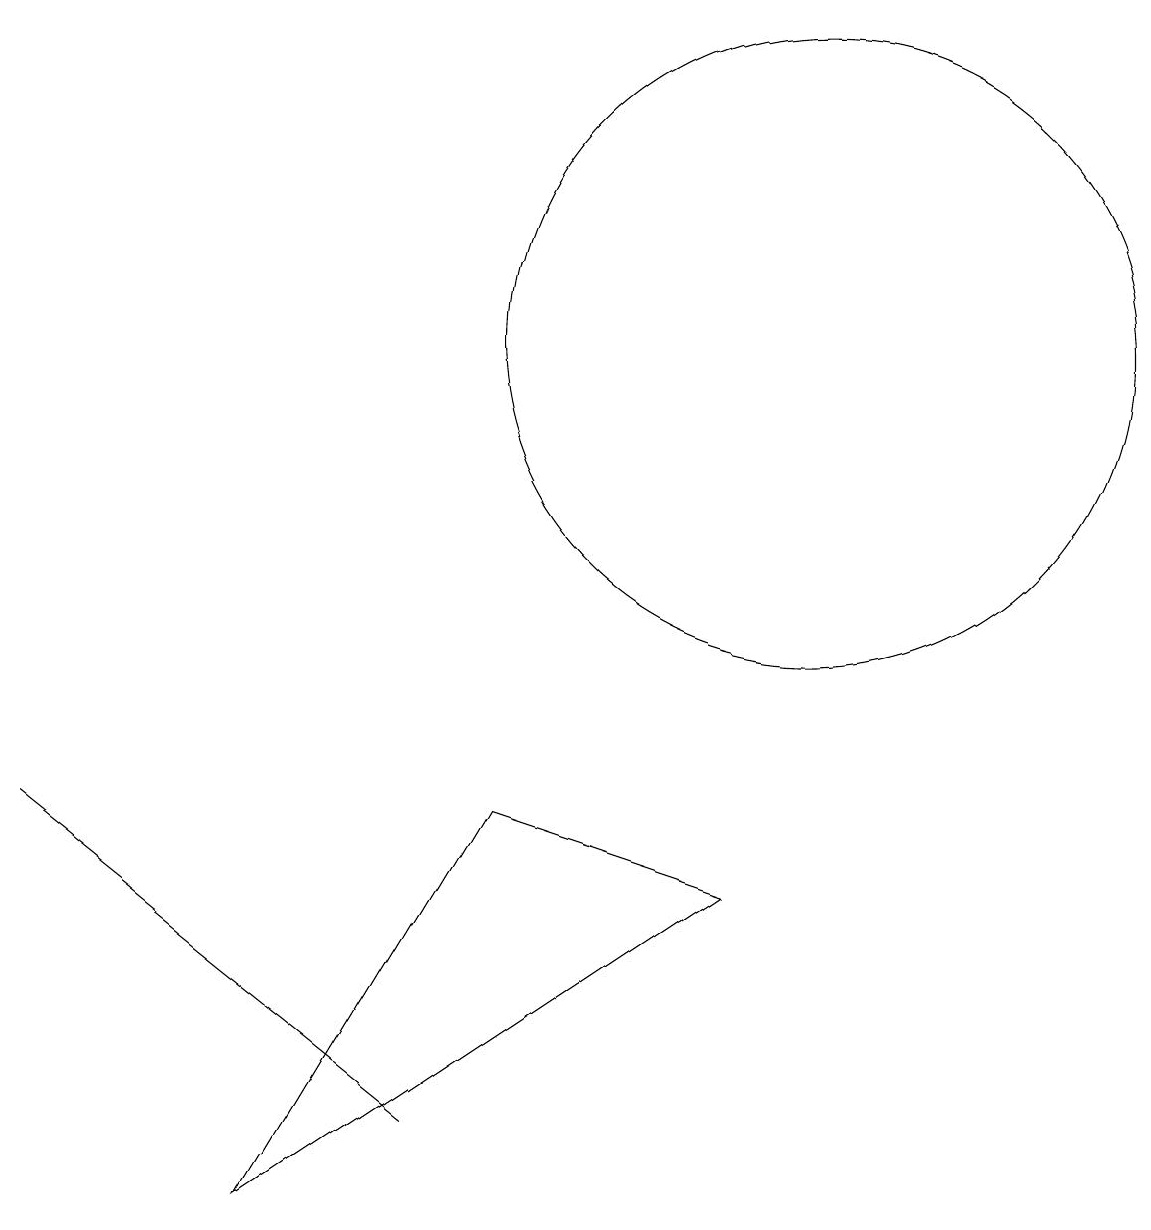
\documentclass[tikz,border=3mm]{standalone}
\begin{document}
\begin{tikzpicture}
\draw (11,10) circle (0);
\draw (0,5) -- (0,5) -- (5,1) -- cycle;
\draw (10,11) circle (4);
\draw (3,0) -- (9,4) -- (6,5) -- cycle;
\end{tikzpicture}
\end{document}